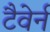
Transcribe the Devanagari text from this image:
टैवेर्न